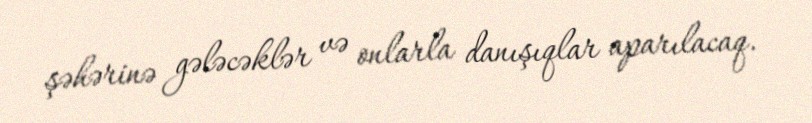
şəhərinə gələcəklər və onlarla danışıqlar aparılacaq.